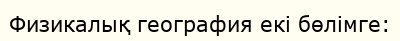
Физикалық география екі бөлімге: